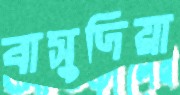
বাসুদিয়া